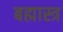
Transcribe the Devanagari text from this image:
बह्मास्त्र